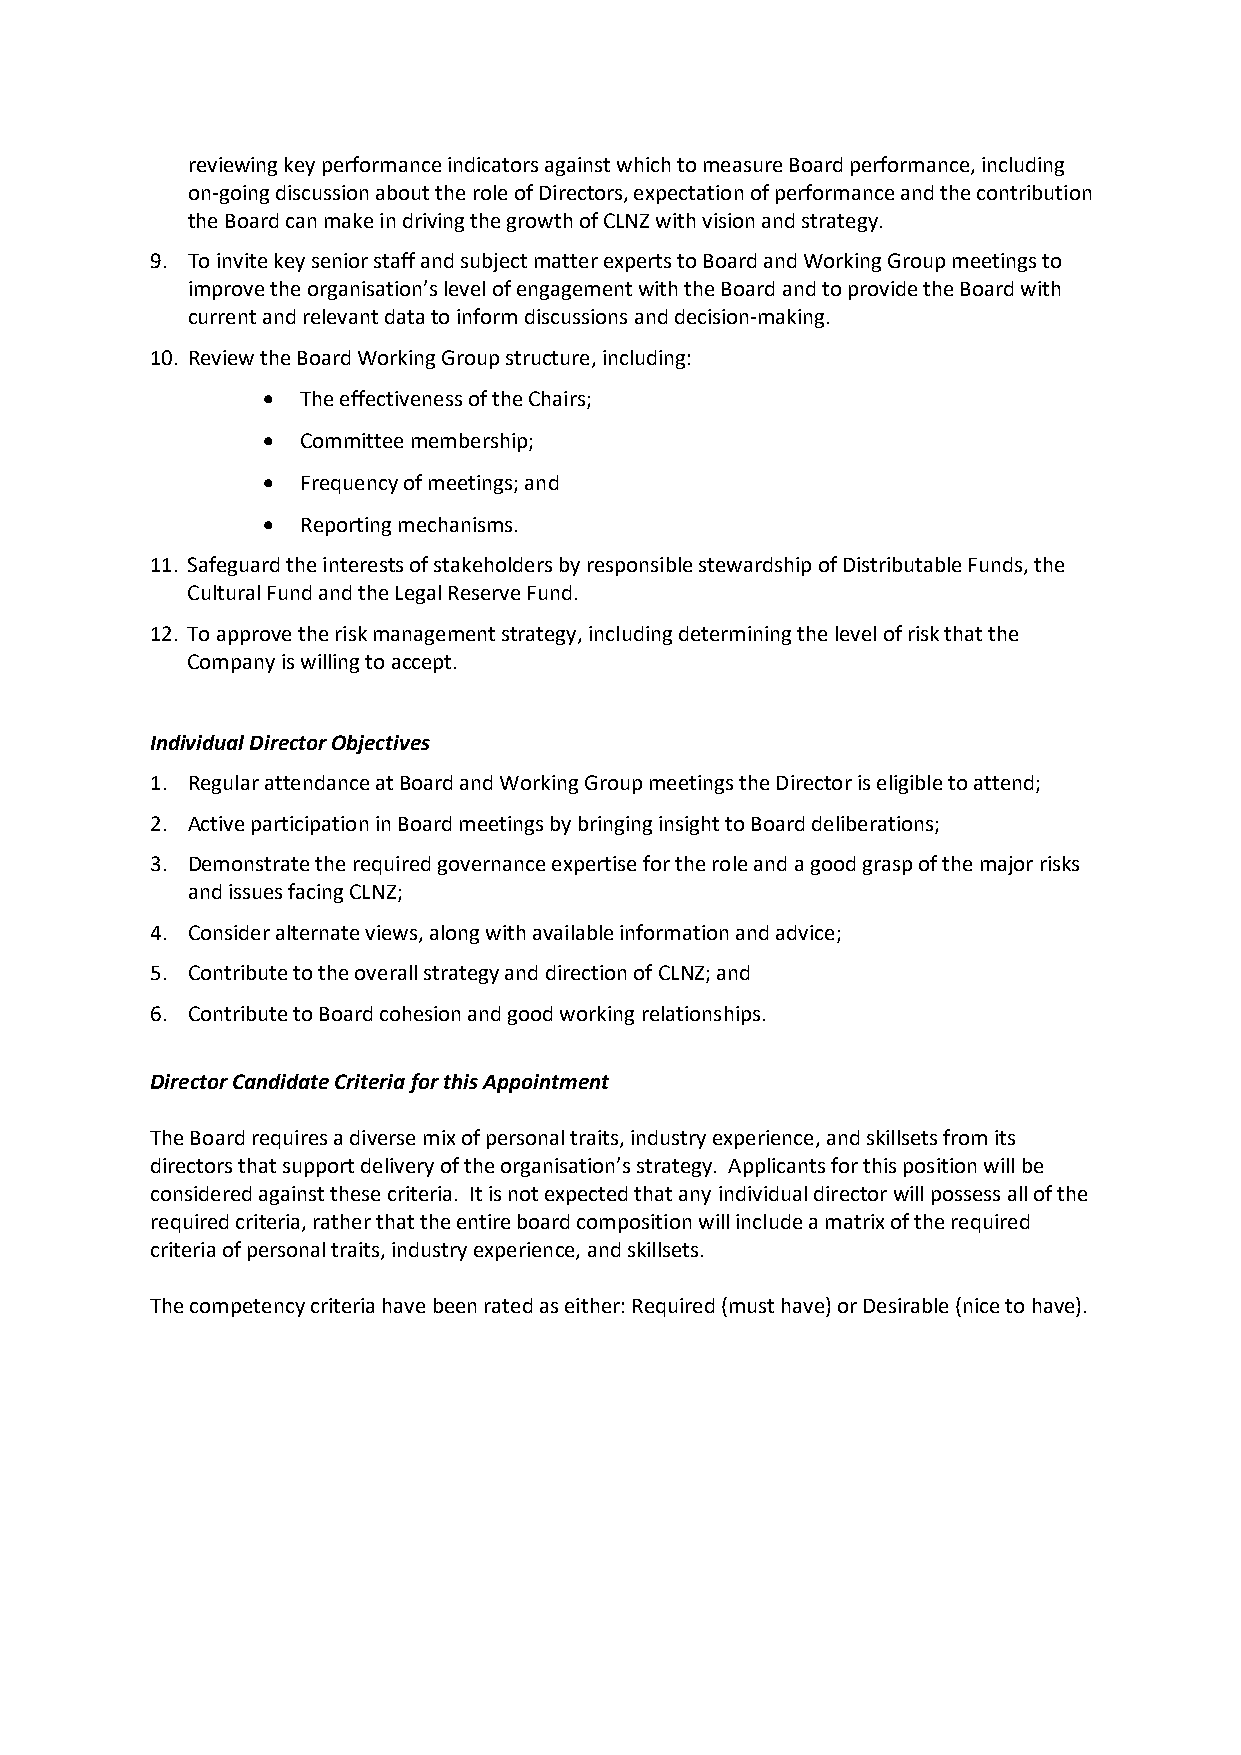
reviewing key performance indicators against which to measure Board performance, including
 on-going discussion about the role of Directors, expectation of performance and the contribution
 the Board can make in driving the growth of CLNZ with vision and strategy.
 9. To invite key senior staff and subject matter experts to Board and Working Group meetings to
 improve the organisation’s level of engagement with the Board and to provide the Board with
 current and relevant data to inform discussions and decision-making.
 10. Review the Board Working Group structure, including:
   The effectiveness of the Chairs;
   Committee membership;
   Frequency of meetings; and
   Reporting mechanisms.
 11. Safeguard the interests of stakeholders by responsible stewardship of Distributable Funds, the
 Cultural Fund and the Legal Reserve Fund.
 12. To approve the risk management strategy, including determining the level of risk that the
 Company is willing to accept.
 Individual Director Objectives
 1. Regular attendance at Board and Working Group meetings the Director is eligible to attend;
 2. Active participation in Board meetings by bringing insight to Board deliberations;
 3. Demonstrate the required governance expertise for the role and a good grasp of the major risks
 and issues facing CLNZ;
 4. Consider alternate views, along with available information and advice;
 5. Contribute to the overall strategy and direction of CLNZ; and
 6. Contribute to Board cohesion and good working relationships.
 Director Candidate Criteria for this Appointment
 The Board requires a diverse mix of personal traits, industry experience, and skillsets from its
 directors that support delivery of the organisation’s strategy. Applicants for this position will be
 considered against these criteria. It is not expected that any individual director will possess all of the
 required criteria, rather that the entire board composition will include a matrix of the required
 criteria of personal traits, industry experience, and skillsets.
 The competency criteria have been rated as either: Required (must have) or Desirable (nice to have).